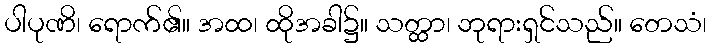
ပါပုဏိ၊ ရောက်၏။ အထ၊ ထိုအခါ၌။ သတ္ထာ၊ ဘုရားရှင်သည်။ တေသံ၊